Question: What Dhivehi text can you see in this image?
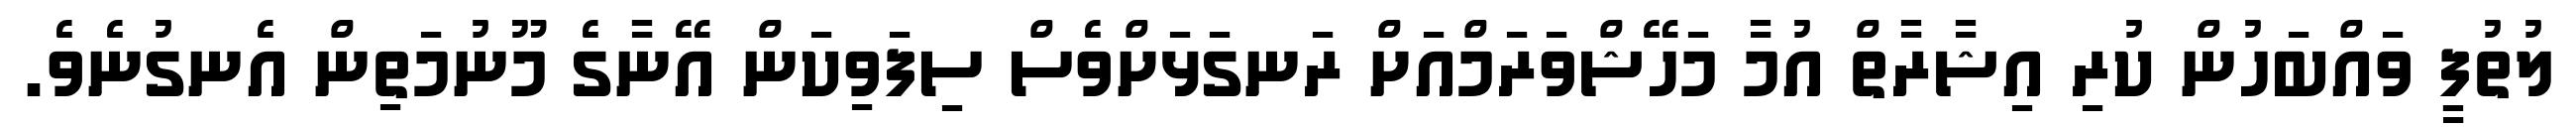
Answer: ލުތުފީ ވައްބަހުން ކުރި އިޝާރާތް އުމާ މަހޭޝްވަރަމްއަށް ރަނގަޅަށްވެސް ސިފަވިކަން އޭނާގެ މޫނުމަތިން އެނގުނެވެ.